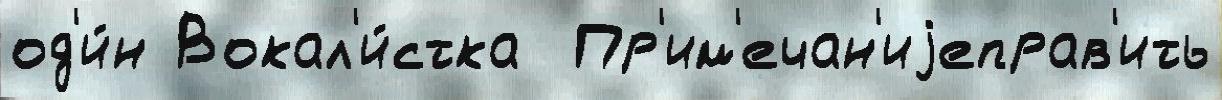
од'и́н Вокал'и́стка  Пр'им'ечан'иjеправ'ить